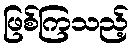
ဖြစ်ကြသည့်